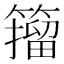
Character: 籀